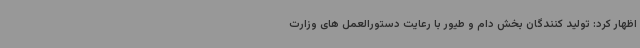
اظهار کرد: تولید کنندگان بخش دام و طیور با رعایت دستورالعمل های وزارت